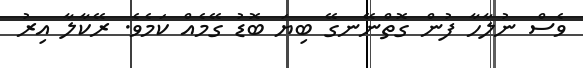
ވެސް ނުލާހާ ފުން ގޮތްނޭނގޭ ބިޔަ ބޮޑު ގޭމެއް ކަމެވެ. ރޭކާލާ އިރު